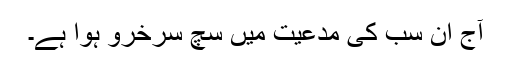
آج ان سب کی مدعیت میں سچ سرخرو ہوا ہے۔